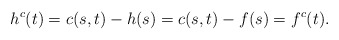
\begin{align*}h^c(t)=c(s,t)-h(s)=c(s,t)-f(s)=f^c (t).\end{align*}